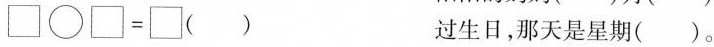
\Box \bigcirc \Box = \Box ()过生日，那天是星期()。